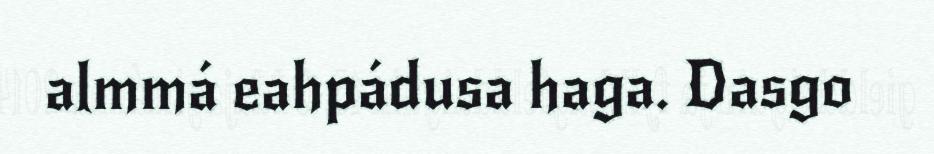
almmá eahpádusa haga. Dasgo